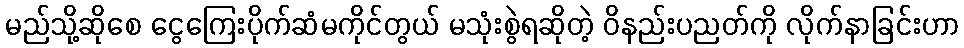
မည်သို့ဆိုစေ ငွေကြေးပိုက်ဆံမကိုင်တွယ် မသုံးစွဲရဆိုတဲ့ ဝိနည်းပညတ်ကို လိုက်နာခြင်းဟာ